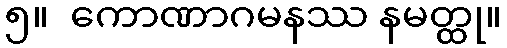
၅။  ကောဏာဂမနဿ နမတ္ထု။